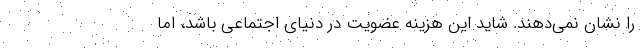
را نشان نمی‌دهند. شاید این هزینه‌ عضویت در دنیای اجتماعی باشد، اما